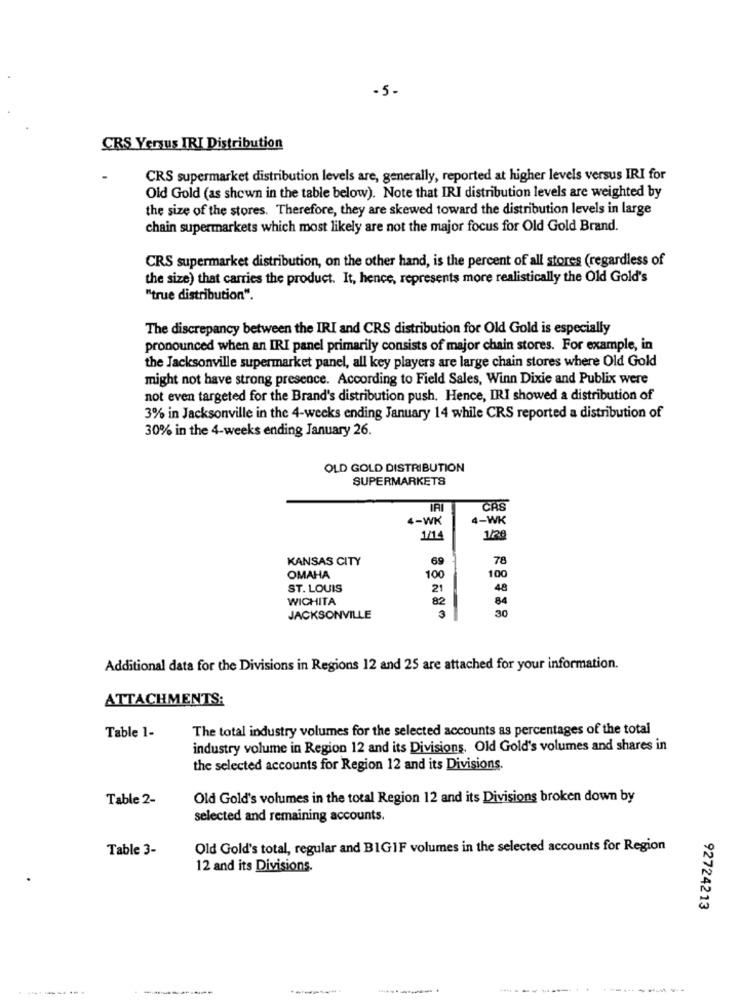
-5-
CRS Versus IRI Distribution
CRS supermarket distribution levels are, generally, reported at higher levels versus IRI for
Old Gold (as shown in the table below). Note that IRI distribution levels are weighted by
the size of the stores. Therefore, they are skewed toward the distribution levels in large
chain supermarkets which most likely are not the major focus for Old Gold Brand.
CRS supermarket distribution, on the other hand, is the percent of all stores (regardless of
the size) that carries the product. It, hence, represents more realistically the Old Gold's
"true distribution".
The discrepancy between the IRI and CRS distribution for Old Gold is especially
pronounced when an IRI panel primarily consists of major chain stores. For example, in
the Jacksonville supermarket panel, all key players are large chain stores where Old Gold
might not have strong presence. According to Field Sales, Winn Dixie and Publix were
not even targeted for the Brand's distribution push. Hence, IRI showed a distribution of
3% in Jacksonville in the 4-weeks ending January 14 while CRS reported a distribution of
30% in the 4-weeks ending January 26.
OLD GOLD DISTRIBUTION
SUPERMARKETS
CAS
4-WK
4-WK
1/14
1/2ª
KANSAS CITY
69
78
100
100
OMAHA
ST. LOUIS
21
48
WICHITA
82
84
3
30
JACKSONVILLE
Additional data for the Divisions in Regions 12 and 25 are attached for your information.
ATTACHMENTS:
Table 1-
The total industry volumes for the selected accounts as percentages of the total
industry volume in Region 12 and its Divisions. Old Gold's volumes and shares in
the selected accounts for Region 12 and its Divisions.
Table 2-
Old Gold's volumes in the total Region 12 and its Divisions broken down by
selected and remaining accounts.
Table 3-
Old Gold's total, regular and BIGIF volumes in the selected accounts for Region
12 and its Divisions.
92724213